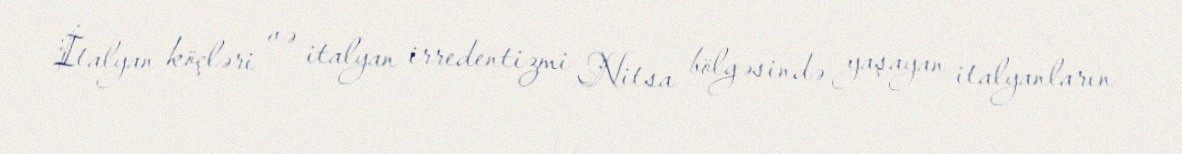
İtalyan köçləri və italyan irredentizmi Nitsa bölgəsində yaşayan italyanların